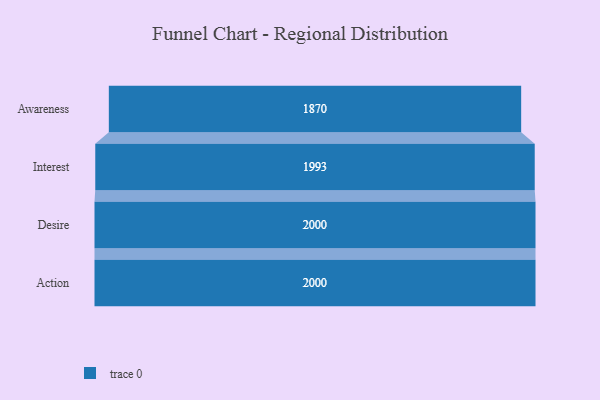
{"axis": {"x": "Stage", "y": "Value"}, "legend": [""], "data": [{"x": "Awareness", "y": 1870.0, "type": ""}, {"x": "Interest", "y": 1993.0, "type": ""}, {"x": "Desire", "y": 2000, "type": ""}, {"x": "Action", "y": 2000, "type": ""}]}